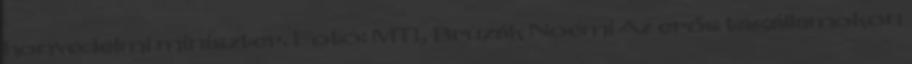
honvédelmi miniszter. Fotó: MTI, Bruzák Noémi Az erős tagállamokon